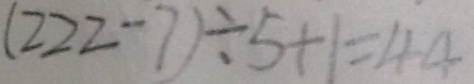
( 2 2 2 - 7 ) \div 5 + 1 = 4 4